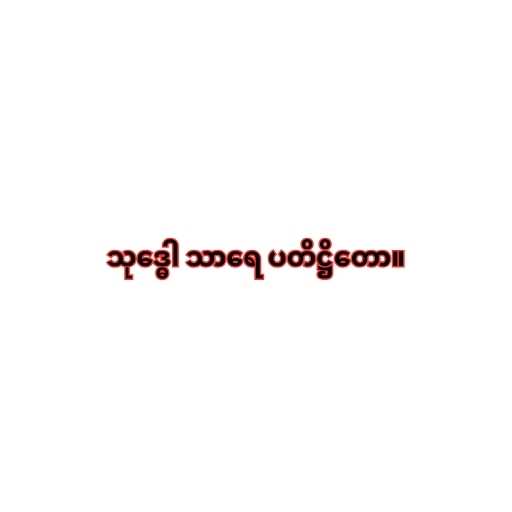
သုဒ္ဓေါ သာရေ ပတိဋ္ဌိတော။